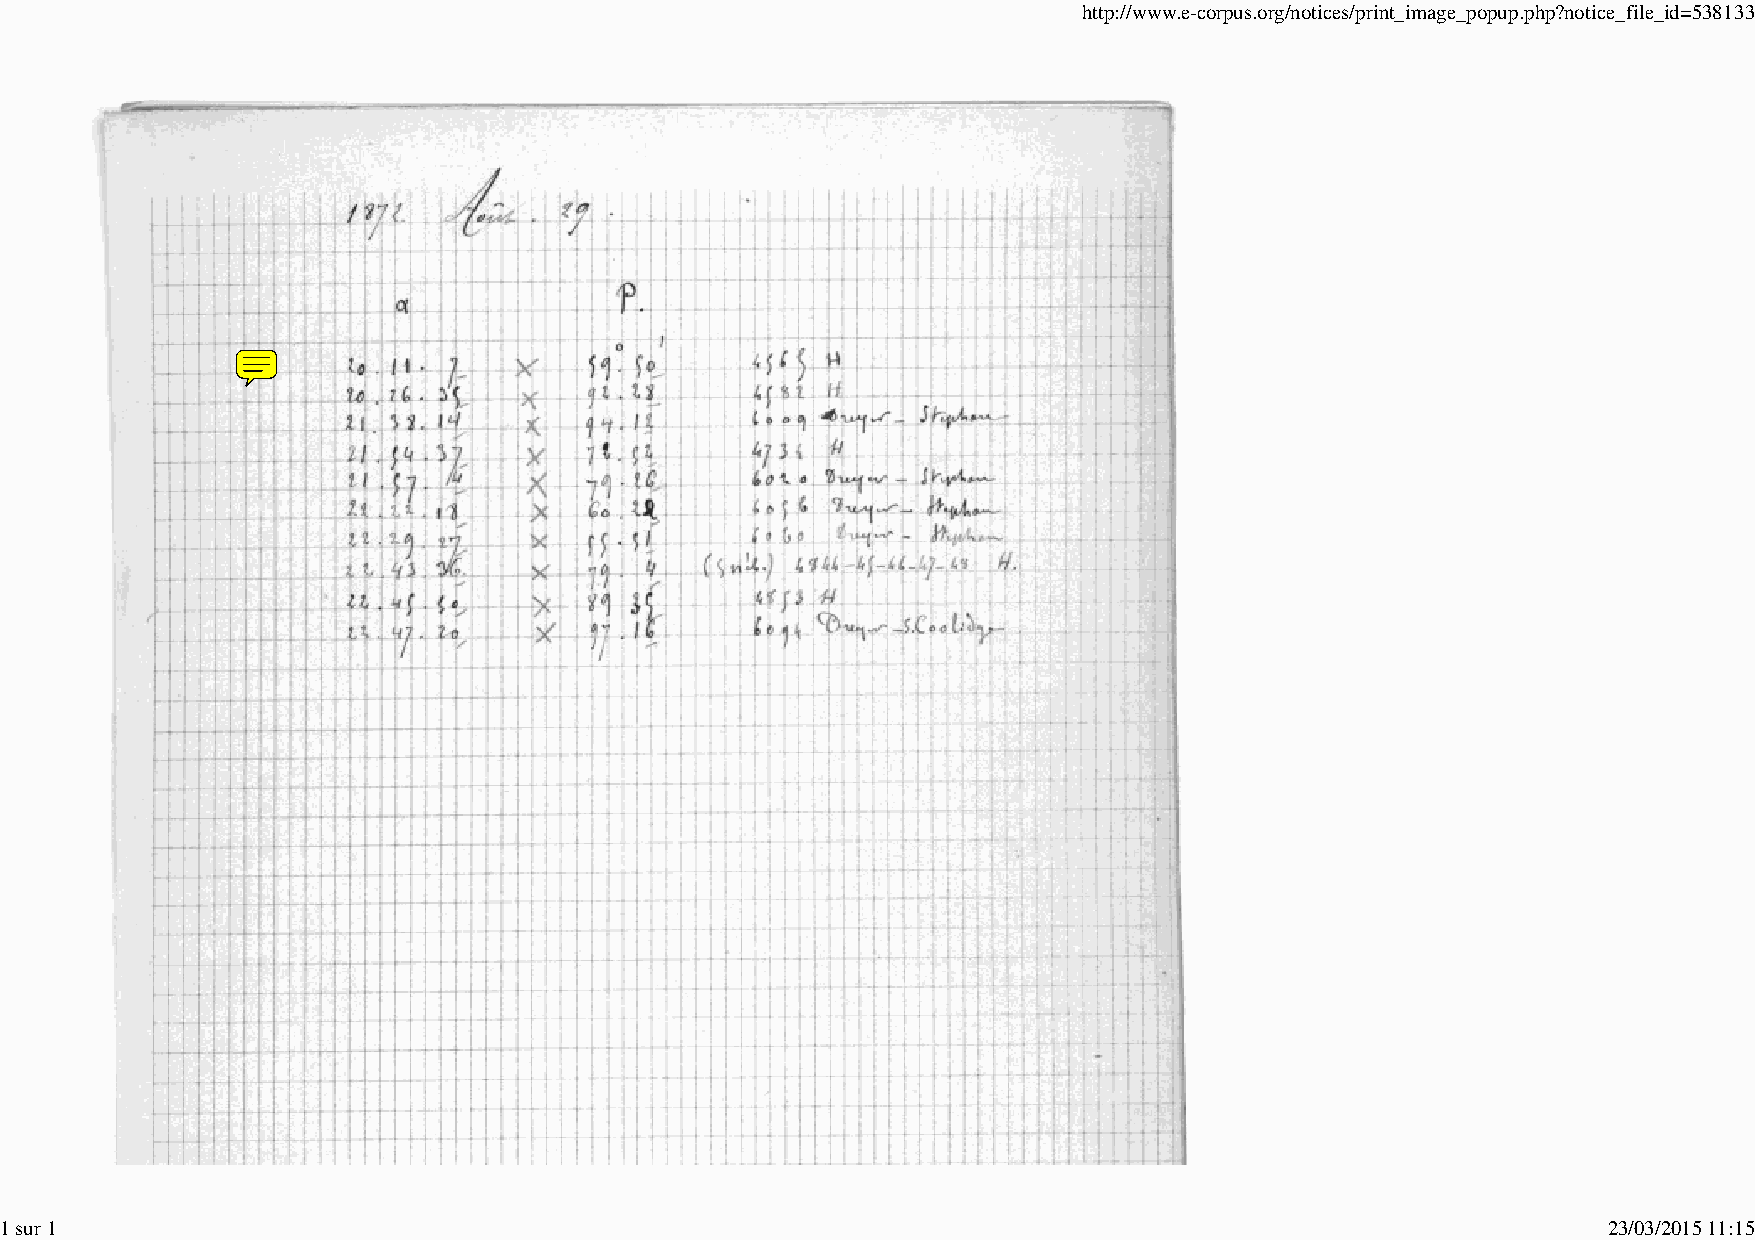
http://www.e-corpus.org/notices/print_image_popup.php?notice_file_id=538133
 1 sur 1                                                                                                   23/03/2015 11:15